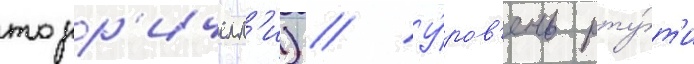
торр'ичелл'и) // У́ров'ень рту́т'и